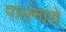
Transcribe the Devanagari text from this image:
पालनांचे